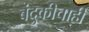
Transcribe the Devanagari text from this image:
बंदुकीचाही